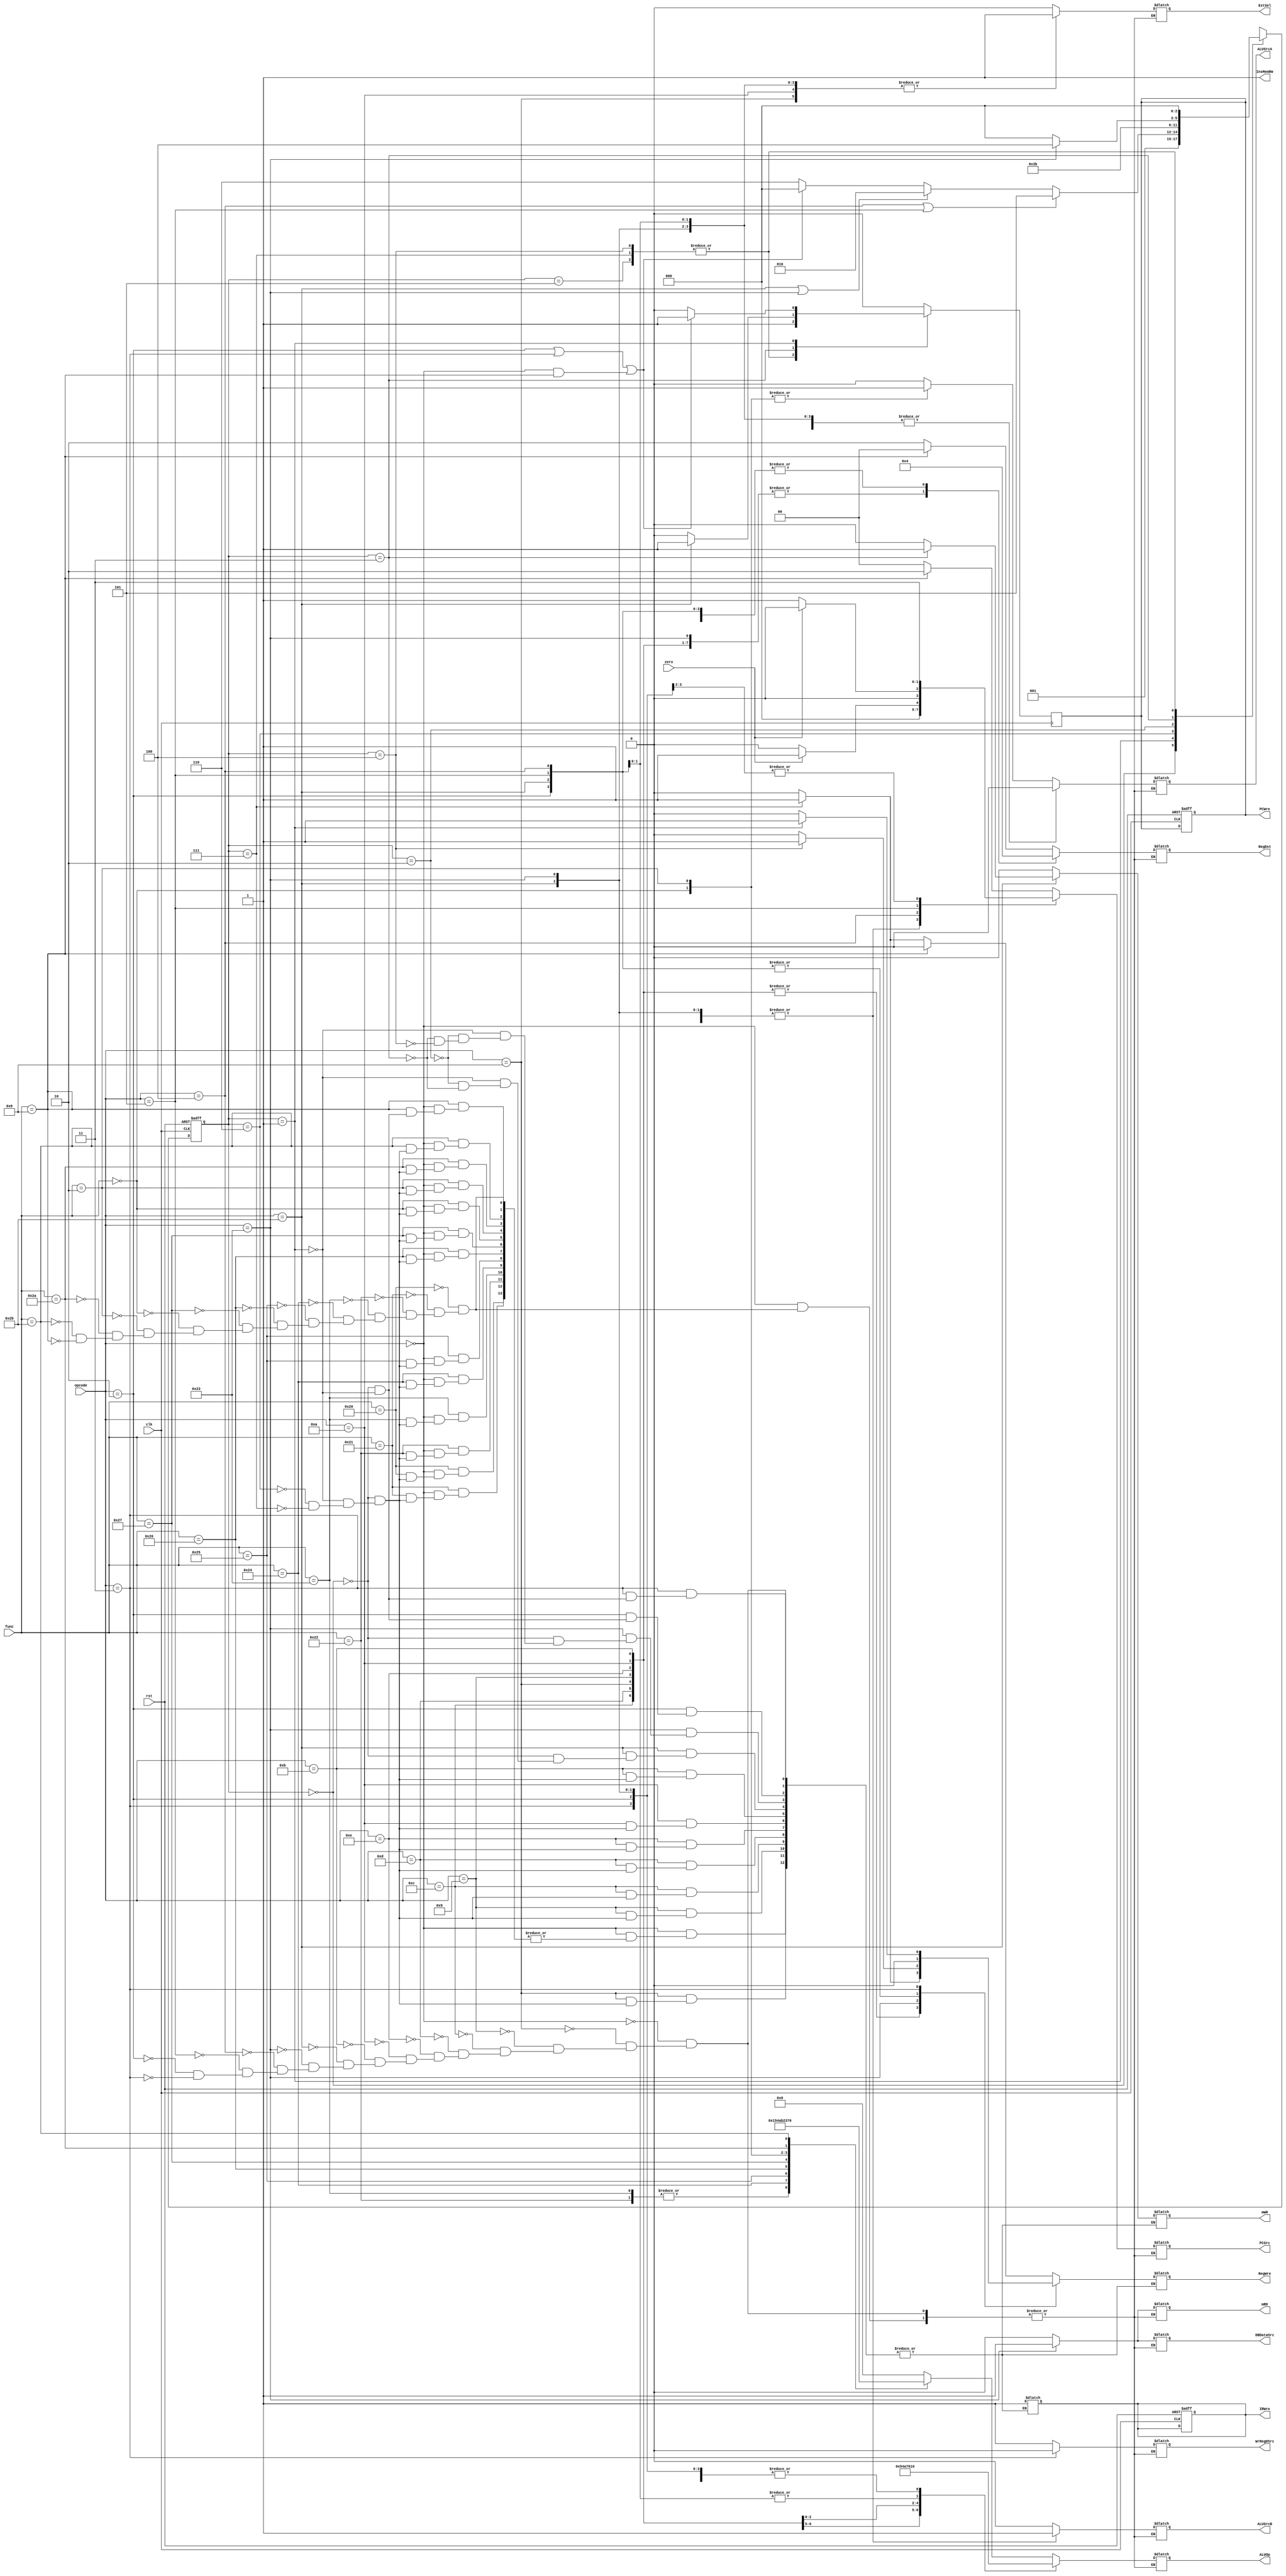
`timescale 1ns / 1ps
//////////////////////////////////////////////////////////////////////////////////
// Company: 
// Engineer: 
// 
// Design Name: 
// Module Name: ControlUnit
// Project Name: 
// Target Devices: 
// Tool Versions: 
// Description: 
// 
// Dependencies: 
// 
// Revision:
// Revision 0.01 - File Created
// Additional Comments:
// 
//////////////////////////////////////////////////////////////////////////////////


module ControlUnit(
    input clk, rst,
    input zero,
    input [5:0] opcode,//
    input [5:0] func,//
    output wire InsMemRW,//,
    output reg PCWre, //PC
    output reg ALUSrcA,//ALU
    output reg ALUSrcB,//ALU
    output reg DBDataSrc,//ALU
    output reg RegWre, //
    output reg WrRegDSrc,//
    output reg mRD,//
    output reg mWR, //
    output reg IRWre,//
    output reg ExtSel,//
    output reg [1:0] PCSrc, //PC
    output reg [1:0] RegDst, //
    output reg [3:0] ALUOp  //ALU
    );
    
    reg [2:0] state;
    assign InsMemRW = 1;    // 
    
    
    /*  */
    always @(posedge clk or negedge rst) begin
        if(rst==0) begin
            state <= 3'b000;
            PCWre <= 1;
            IRWre <= 1;
        end
        else begin
            case(state)
                3'b000: state <= 3'b001;
                3'b001: begin
                        if(opcode==6'b000100 
                        || opcode==6'b000101) 
                        state <= 3'b101;
                        else 
                        if(opcode==6'b101011 
                        || opcode==6'b100011)
                         state <= 3'b010;
                        else 
                        if(opcode==6'b000010 
                        || opcode==6'b000011 
                        || (opcode==6'b000000 && func==6'b001000))
                            state <= 3'b000;
                        else state <= 3'b110;
                    end
                3'b110: state <= 3'b111;
                3'b010: state <= 3'b011;
                3'b011: begin
                        if(opcode==6'b100011) state <= 3'b100;
                        else state <= 3'b000;
                    end
                3'b111, 3'b101, 3'b100: state <= 3'b000;
            endcase
        end
    end
    
    /*  */
    //
    always @(state or opcode or func or zero) begin //  
      case(opcode)
       6'b000000:begin
          case(func)
            6'b100000:begin  // add
                {ALUSrcA, ALUSrcB, DBDataSrc, WrRegDSrc, mRD, ExtSel, PCSrc[1:0], RegDst[1:0], ALUOp[3:0]} <= 14'b000100_00_10_0000;
                case(state)
                    3'b000: {IRWre, mWR, RegWre} = 4'b100;
                    3'b001: {IRWre, mWR, RegWre} = 4'b100;
                    3'b110: {IRWre, mWR, RegWre} = 4'b100;
                    3'b111: {IRWre, mWR, RegWre} = 4'b101;
                endcase
            end
            6'b100001:begin  // addu
                {ALUSrcA, ALUSrcB, DBDataSrc, WrRegDSrc, mRD, ExtSel, PCSrc[1:0], RegDst[1:0], ALUOp[3:0]} <= 14'b000100_00_10_0000;
                case(state)
                    3'b000: {IRWre, mWR, RegWre} = 4'b100;
                    3'b001: {IRWre, mWR, RegWre} = 4'b100;
                    3'b110: {IRWre, mWR, RegWre} = 4'b100;
                    3'b111: {IRWre, mWR, RegWre} = 4'b101;
                endcase
            end
            6'b100010:begin  // sub
                {ALUSrcA, ALUSrcB, DBDataSrc, WrRegDSrc, mRD, ExtSel, PCSrc[1:0], RegDst[1:0], ALUOp[3:0]} <= 14'b000100_00_10_0001;
                case(state)
                    3'b000: {IRWre, mWR, RegWre} = 4'b100;
                    3'b001: {IRWre, mWR, RegWre} = 4'b100;
                    3'b110: {IRWre, mWR, RegWre} = 4'b100;
                    3'b111: {IRWre, mWR, RegWre} = 4'b101;
                endcase
            end      
            6'b100011:begin  // subu
                {ALUSrcA, ALUSrcB, DBDataSrc, WrRegDSrc, mRD, ExtSel, PCSrc[1:0], RegDst[1:0], ALUOp[3:0]} <= 14'b000100_00_10_0001;
                case(state)
                    3'b000: {IRWre, mWR, RegWre} = 4'b100;
                    3'b001: {IRWre, mWR, RegWre} = 4'b100;
                    3'b110: {IRWre, mWR, RegWre} = 4'b100;
                    3'b111: {IRWre, mWR, RegWre} = 4'b101;
                endcase
            end
            6'b100100:begin  // and
                {ALUSrcA, ALUSrcB, DBDataSrc, WrRegDSrc, mRD, ExtSel, PCSrc[1:0], RegDst[1:0], ALUOp[3:0]} <= 14'b000100_00_10_0101;
                case(state)
                    3'b000: {IRWre, mWR, RegWre} = 4'b100;
                    3'b001: {IRWre, mWR, RegWre} = 4'b100;
                    3'b110: {IRWre, mWR, RegWre} = 4'b100;
                    3'b111: {IRWre, mWR, RegWre} = 4'b101;
                endcase
            end
            6'b100101:begin  // or
                {ALUSrcA, ALUSrcB, DBDataSrc, WrRegDSrc, mRD, ExtSel, PCSrc[1:0], RegDst[1:0], ALUOp[3:0]} <= 14'b000100_00_10_0100;
                case(state)
                    3'b000: {IRWre, mWR, RegWre} = 4'b100;
                    3'b001: {IRWre, mWR, RegWre} = 4'b100;
                    3'b110: {IRWre, mWR, RegWre} = 4'b100;
                    3'b111: {IRWre, mWR, RegWre} = 4'b101;
                endcase
            end
            6'b100110:begin  // xor
                {ALUSrcA, ALUSrcB, DBDataSrc, WrRegDSrc, mRD, ExtSel, PCSrc[1:0], RegDst[1:0], ALUOp[3:0]} <= 14'b000100_00_10_1010;
                case(state)
                    3'b000: {IRWre, mWR, RegWre} = 4'b100;
                    3'b001: {IRWre, mWR, RegWre} = 4'b100;
                    3'b110: {IRWre, mWR, RegWre} = 4'b100;
                    3'b111: {IRWre, mWR, RegWre} = 4'b101;
                endcase
            end
            6'b100111:begin  // nor
                {ALUSrcA, ALUSrcB, DBDataSrc, WrRegDSrc, mRD, ExtSel, PCSrc[1:0], RegDst[1:0], ALUOp[3:0]} <= 14'b000100_00_10_1011;
                case(state)
                    3'b000: {IRWre, mWR, RegWre} = 4'b100;
                    3'b001: {IRWre, mWR, RegWre} = 4'b100;
                    3'b110: {IRWre, mWR, RegWre} = 4'b100;
                    3'b111: {IRWre, mWR, RegWre} = 4'b101;
                endcase
            end
            6'b000000: begin  // sll
                {ALUSrcA, ALUSrcB, DBDataSrc, WrRegDSrc, mRD, ExtSel, PCSrc[1:0], RegDst[1:0], ALUOp[3:0]} <= 14'b100100_00_10_0010;
                case(state)
                    3'b000: {IRWre, mWR, RegWre} = 4'b100;
                    3'b001: {IRWre, mWR, RegWre} = 4'b100;
                    3'b110: {IRWre, mWR, RegWre} = 4'b100;
                    3'b111: {IRWre, mWR, RegWre} = 4'b101;
                endcase
           end
           6'b000010:begin  // srl
                {ALUSrcA, ALUSrcB, DBDataSrc, WrRegDSrc, mRD, ExtSel, PCSrc[1:0], RegDst[1:0], ALUOp[3:0]} <= 14'b100100_00_10_0011;
                case(state)
                    3'b000: {IRWre, mWR, RegWre} = 4'b100;
                    3'b001: {IRWre, mWR, RegWre} = 4'b100;
                    3'b110: {IRWre, mWR, RegWre} = 4'b100;
                    3'b111: {IRWre, mWR, RegWre} = 4'b101;
                endcase
           end
           6'b101010:begin  // slt
                {ALUSrcA, ALUSrcB, DBDataSrc, WrRegDSrc, mRD, ExtSel, PCSrc[1:0], RegDst[1:0], ALUOp[3:0]} <= 14'b000100_00_10_0111;
                case(state)
                    3'b000: {IRWre, mWR, RegWre} = 4'b100;
                    3'b001: {IRWre, mWR, RegWre} = 4'b100;
                    3'b110: {IRWre, mWR, RegWre} = 4'b100;
                    3'b111: {IRWre, mWR, RegWre} = 4'b101;
                endcase
            end
           6'b101011:begin  // sltu
                {ALUSrcA, ALUSrcB, DBDataSrc, WrRegDSrc, mRD, ExtSel, PCSrc[1:0], RegDst[1:0], ALUOp[3:0]} <= 14'b000100_00_10_0110;
                case(state)
                    3'b000: {IRWre, mWR, RegWre} = 4'b100;
                    3'b001: {IRWre, mWR, RegWre} = 4'b100;
                    3'b110: {IRWre, mWR, RegWre} = 4'b100;
                    3'b111: {IRWre, mWR, RegWre} = 4'b101;
                endcase
            end
           6'b001000:begin  // jr
                {ALUSrcA, ALUSrcB, DBDataSrc, WrRegDSrc, mRD, ExtSel, PCSrc[1:0], RegDst[1:0], ALUOp[3:0]} <= 14'b000100_10_00_0000;
                case(state)
                    3'b000: {IRWre, mWR, RegWre} = 4'b100;
                    3'b001: {IRWre, mWR, RegWre} = 4'b100;
                endcase
           end
       endcase 
       end
       6'b001000:begin  // addi
                {ALUSrcA, ALUSrcB, DBDataSrc, WrRegDSrc, mRD, ExtSel, PCSrc[1:0], RegDst[1:0], ALUOp[3:0]} <= 14'b010101_00_01_0000;
                case(state)
                    3'b000: {IRWre, mWR, RegWre} = 4'b100;
                    3'b001: {IRWre, mWR, RegWre} = 4'b100;
                    3'b110: {IRWre, mWR, RegWre} = 4'b100;
                    3'b111: {IRWre, mWR, RegWre} = 4'b101;
                endcase
       end
       6'b001001:begin  // addiu
                {ALUSrcA, ALUSrcB, DBDataSrc, WrRegDSrc, mRD, ExtSel, PCSrc[1:0], RegDst[1:0], ALUOp[3:0]} <= 14'b010100_00_01_0000;
                case(state)
                    3'b000: {IRWre, mWR, RegWre} = 4'b100;
                    3'b001: {IRWre, mWR, RegWre} = 4'b100;
                    3'b110: {IRWre, mWR, RegWre} = 4'b100;
                    3'b111: {IRWre, mWR, RegWre} = 4'b101;
                endcase
       end
       6'b001100:begin  // andi
                {ALUSrcA, ALUSrcB, DBDataSrc, WrRegDSrc, mRD, ExtSel, PCSrc[1:0], RegDst[1:0], ALUOp[3:0]} <= 14'b010100_00_01_0101;
                case(state)
                    3'b000: {IRWre, mWR, RegWre} = 4'b100;
                    3'b001: {IRWre, mWR, RegWre} = 4'b100;
                    3'b110: {IRWre, mWR, RegWre} = 4'b100;
                    3'b111: {IRWre, mWR, RegWre} = 4'b101;
                endcase
       end
       6'b001101:begin  // ori
                {ALUSrcA, ALUSrcB, DBDataSrc, WrRegDSrc, mRD, ExtSel, PCSrc[1:0], RegDst[1:0], ALUOp[3:0]} <= 14'b010100_00_01_0100;
                case(state)
                    3'b000: {IRWre, mWR, RegWre} = 4'b100;
                    3'b001: {IRWre, mWR, RegWre} = 4'b100;
                    3'b110: {IRWre, mWR, RegWre} = 4'b100;
                    3'b111: {IRWre, mWR, RegWre} = 4'b101;
                endcase
       end
       6'b001110:begin  // xori
                {ALUSrcA, ALUSrcB, DBDataSrc, WrRegDSrc, mRD, ExtSel, PCSrc[1:0], RegDst[1:0], ALUOp[3:0]} <= 14'b010100_00_01_1010;
                case(state)
                    3'b000: {IRWre, mWR, RegWre} = 4'b100;
                    3'b001: {IRWre, mWR, RegWre} = 4'b100;
                    3'b110: {IRWre, mWR, RegWre} = 4'b100;
                    3'b111: {IRWre, mWR, RegWre} = 4'b101;
                endcase
       end
       6'b001010:begin  // slti
                {ALUSrcA, ALUSrcB, DBDataSrc, WrRegDSrc, mRD, ExtSel, PCSrc[1:0], RegDst[1:0], ALUOp[3:0]} <= 14'b010101_00_01_0111;
                case(state)
                    3'b000: {IRWre, mWR, RegWre} = 4'b100;
                    3'b001: {IRWre, mWR, RegWre} = 4'b100;
                    3'b110: {IRWre, mWR, RegWre} = 4'b100;
                    3'b111: {IRWre, mWR, RegWre} = 4'b101;
                endcase
       end
       6'b001011:begin  // sltiu
                {ALUSrcA, ALUSrcB, DBDataSrc, WrRegDSrc, mRD, ExtSel, PCSrc[1:0], RegDst[1:0], ALUOp[3:0]} <= 14'b010100_00_01_0110;
                case(state)
                    3'b000: {IRWre, mWR, RegWre} = 4'b100;
                    3'b001: {IRWre, mWR, RegWre} = 4'b100;
                    3'b110: {IRWre, mWR, RegWre} = 4'b100;
                    3'b111: {IRWre, mWR, RegWre} = 4'b101;
                endcase
        end
       6'b101011:begin  // sw
                {ALUSrcA, ALUSrcB, DBDataSrc, WrRegDSrc, mRD, ExtSel, PCSrc[1:0], RegDst[1:0], ALUOp[3:0]} <= 14'b010101_00_00_0000;
                case(state)
                    3'b000: {IRWre, mWR, RegWre} = 4'b100;
                    3'b001: {IRWre, mWR, RegWre} = 4'b100;
                    3'b010: {IRWre, mWR, RegWre} = 4'b100;
                    3'b011: {IRWre, mWR, RegWre} = 4'b110;
                endcase
        end
       6'b100011:begin  // lw
                {ALUSrcA, ALUSrcB, DBDataSrc, WrRegDSrc, mRD, ExtSel, PCSrc[1:0], RegDst[1:0], ALUOp[3:0]} <= 14'b011111_00_01_0000;
                case(state)
                    3'b000: {IRWre, mWR, RegWre} = 4'b100;
                    3'b001: {IRWre, mWR, RegWre} = 4'b100;
                    3'b010: {IRWre, mWR, RegWre} = 4'b100;
                    3'b011: {IRWre, mWR, RegWre} = 4'b100;
                    3'b100: {IRWre, mWR, RegWre} = 4'b101;
                endcase
       end
       6'b000100:begin  // beq
                {ALUSrcA, ALUSrcB, DBDataSrc, WrRegDSrc, mRD, ExtSel, RegDst[1:0], ALUOp[3:0]} <= 12'b000101_00_0001;
                PCSrc[1:0] <= (zero==1) ? 2'b01 : 2'b00;
                case(state)
                    3'b000: {IRWre, mWR, RegWre} = 4'b100;
                    default: {IRWre, mWR, RegWre} = 4'b100;
                endcase
       end
       6'b000101:begin  // bne
                {ALUSrcA, ALUSrcB, DBDataSrc, WrRegDSrc, mRD, ExtSel, RegDst[1:0], ALUOp[3:0]} <= 12'b000101_00_0001;
                PCSrc[1:0] <= (zero==0) ? 2'b01 : 2'b00;
                case(state)
                    3'b000: {IRWre, mWR, RegWre} = 4'b100;
                    default: {IRWre, mWR, RegWre} = 4'b100;
                endcase
       end
       6'b000010:begin  // j
                {ALUSrcA, ALUSrcB, DBDataSrc, WrRegDSrc, mRD, ExtSel, PCSrc[1:0], RegDst[1:0], ALUOp[3:0]} <= 14'b000100_11_00_0000;
                case(state)
                    3'b000: {IRWre, mWR, RegWre} = 4'b100;
                    3'b001: {IRWre, mWR, RegWre} = 4'b100;
                endcase
       end
       6'b000011:begin  // jal
                {ALUSrcA, ALUSrcB, DBDataSrc, WrRegDSrc, mRD, ExtSel, PCSrc[1:0], RegDst[1:0], ALUOp[3:0]} <= 14'b000000_11_00_0000;
                case(state)
                    3'b000: {IRWre, mWR, RegWre} = 4'b100;
                    3'b001: {IRWre, mWR, RegWre} = 4'b101;  // jalID001
                endcase
       end  
       endcase       
    end         

    always @(negedge clk) begin
        case(state)
            3'b111, 3'b101, 3'b100: PCWre <= 1;
            3'b011: PCWre <= (opcode==6'b101011 ? 1 : 0);   // sw
            3'b001: PCWre <= (opcode==6'b000010||opcode==6'b000011||(opcode==6'b000000&&func==6'b001000) ? 1 : 0);  // j, jr, jal
            default: PCWre <= 0;
        endcase
    end
    
    
    
endmodule